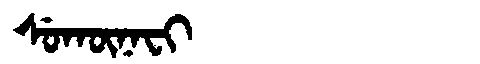
Manchu: ᠰᡠᡴᡡᠨᠠᠸᡳ
Romanization: SUKŪNAFI